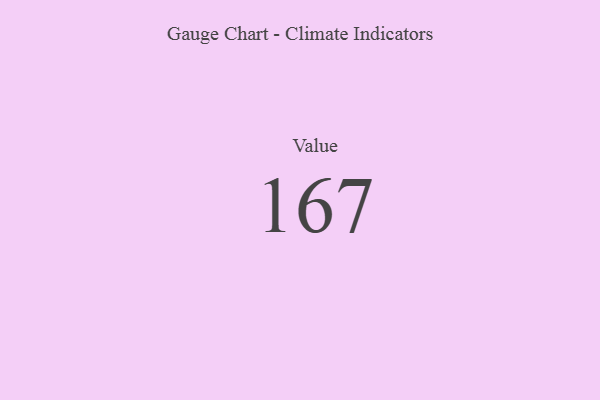
{"axis": {"x": "Metric", "y": "Value"}, "legend": [""], "data": [{"x": "Value", "y": 167, "type": ""}]}